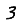
Digit: 3